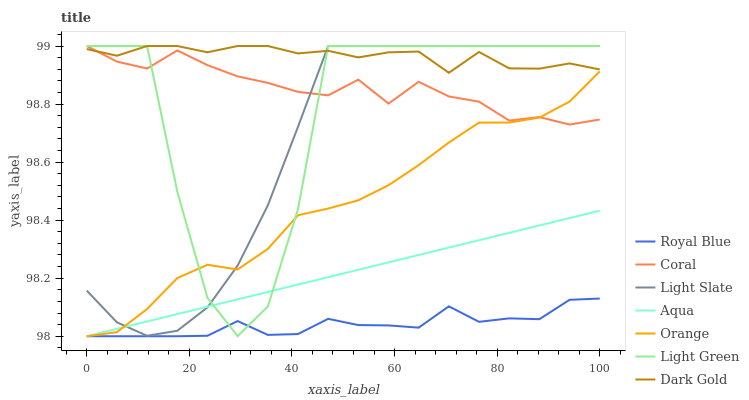
| xaxis_label | Royal Blue | Coral | Light Slate | Aqua | Orange | Light Green | Dark Gold |
 | --- | --- | --- | --- | --- | --- | --- | --- |
 | 0 | 98 | 99 | 98.2 | 98 | 98 | 99 | 99 |
 | 5.88 | 98 | 98.9 | 98 | 98 | 98 | 99 | 99 |
 | 11.8 | 98 | 98.9 | 98 | 98.1 | 98.1 | 99 | 99 |
 | 17.6 | 98 | 99 | 98 | 98.1 | 98.2 | 98.5 | 99 |
 | 23.5 | 98 | 98.9 | 98.1 | 98.1 | 98.2 | 98.1 | 99 |
 | 29.4 | 98.1 | 98.9 | 98.2 | 98.1 | 98.2 | 98 | 99 |
 | 35.3 | 98 | 98.9 | 98.5 | 98.2 | 98.3 | 98.1 | 99 |
 | 41.2 | 98 | 98.8 | 98.7 | 98.2 | 98.4 | 98.4 | 99 |
 | 47.1 | 98.1 | 98.8 | 99 | 98.2 | 98.4 | 99 | 99 |
 | 52.9 | 98 | 98.9 | 99 | 98.2 | 98.5 | 99 | 99 |
 | 58.8 | 98 | 98.8 | 99 | 98.3 | 98.5 | 99 | 99 |
 | 64.7 | 98 | 98.9 | 99 | 98.3 | 98.6 | 99 | 99 |
 | 70.6 | 98.1 | 98.8 | 99 | 98.3 | 98.7 | 99 | 98.9 |
 | 76.5 | 98 | 98.8 | 99 | 98.3 | 98.7 | 99 | 99 |
 | 82.4 | 98.1 | 98.7 | 99 | 98.4 | 98.7 | 99 | 98.9 |
 | 88.2 | 98.1 | 98.8 | 99 | 98.4 | 98.8 | 99 | 98.9 |
 | 94.1 | 98.1 | 98.7 | 99 | 98.4 | 98.8 | 99 | 98.9 |
 | 100 | 98.1 | 98.7 | 99 | 98.4 | 98.9 | 99 | 98.9 |